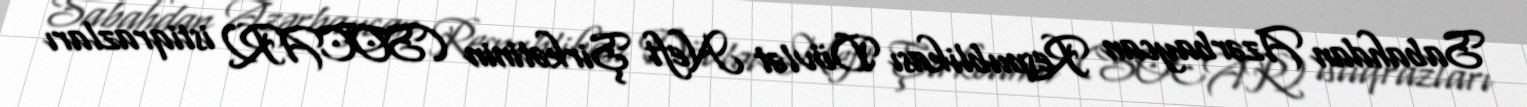
Sabahdan Azərbaycan Respublikası Dövlət Neft Şirkətinin (SOCAR) istiqrazları